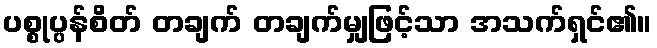
ပစ္စုပ္ပန်စိတ် တချက် တချက်မျှဖြင့်သာ အသက်ရှင်၏။